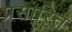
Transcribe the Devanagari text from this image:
प्रसारित